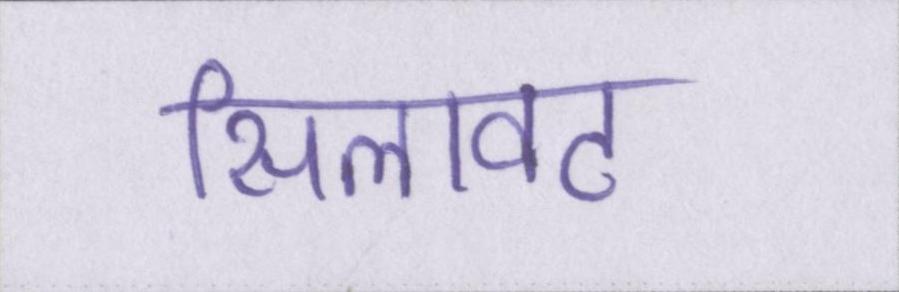
सिलावट